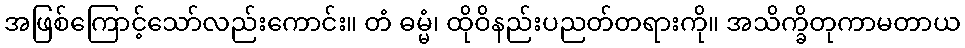
အဖြစ်ကြောင့်သော်လည်းကောင်း။ တံ ဓမ္မံ၊ ထိုဝိနည်းပညတ်တရားကို။ အသိက္ခိတုကာမတာယ